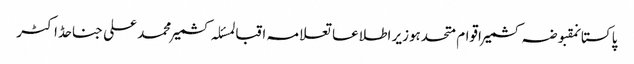
پاکستانمقبوضہ کشمیراقوام متحدہوزیر اطلاعاتعلامہ اقبالمسئلہ کشمیرمحمد علی جناحڈاکٹر